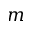
m